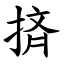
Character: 㨈